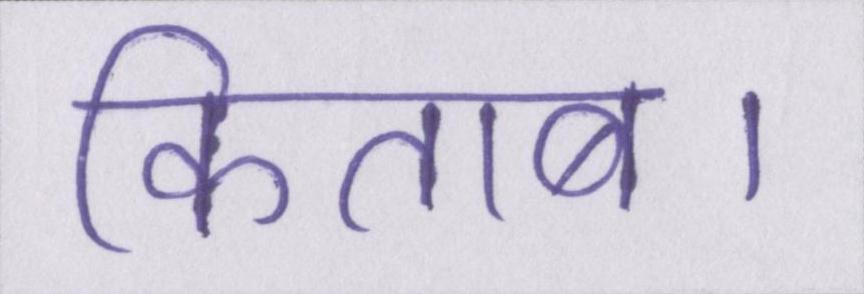
किताब।